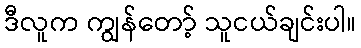
ဒီလူက ကျွန်တော့် သူငယ်ချင်းပါ။